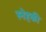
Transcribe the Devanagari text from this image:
स्नेहकी